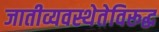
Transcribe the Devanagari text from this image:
जातीव्यवस्थेतेविरूद्ध